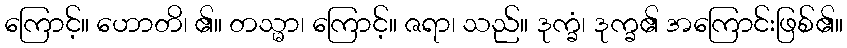
ကြောင့်။ ဟောတိ၊ ၏။ တသ္မာ၊ ကြောင့်။ ဇရာ၊ သည်။ ဒုက္ခံ၊ ဒုက္ခ၏ အကြောင်းဖြစ်၏။